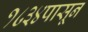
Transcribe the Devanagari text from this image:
१८३४पासून